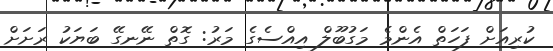
ކުރިއަށް ފަހަތް އެންމެ މަގުބޫލް އިއްސެގެ މަރު: ގޮތް ނޭނގޭ ބަޔަކު ރަށަށް